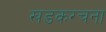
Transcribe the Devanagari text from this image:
खडकरचना